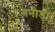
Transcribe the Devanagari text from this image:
गनोडा